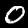
Digit: 0